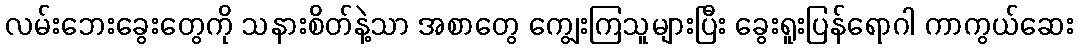
လမ်းဘေးခွေးတွေကို သနားစိတ်နဲ့သာ အစာတွေ ကျွေးကြသူများပြီး ခွေးရူးပြန်ရောဂါ ကာကွယ်ဆေး